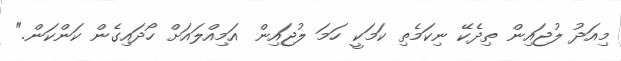
މިއަދު ލުޖައިން ތިދެކޭ ނިކަމެތި ކަމަކީ ހަމަ ލުޖައިން އަމިއްލައަށް ހޯދައިގެން ކަންކަން."